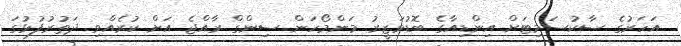
އަހަރުގެ ސާކުސަމިޓަށް އިންޑިއާގެ ބޮޑުވަޒީރު މަންމޯހަން ސިންގް ރާއްޖެ އަށް ކުރެއްވި ދަތުރުފުޅުގަ